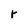
Character: r